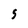
Character: S